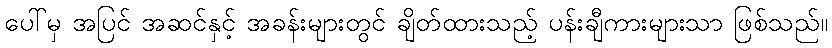
ပေါ်မှ အပြင် အဆင်နှင့် အခန်းများတွင် ချိတ်ထားသည့် ပန်းချီကားများသာ ဖြစ်သည်။